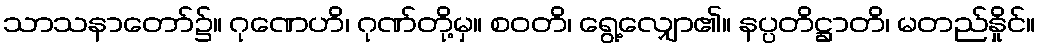
သာသနာတော်၌။ ဂုဏေဟိ၊ ဂုဏ်တို့မှ။ စဝတိ၊ ရွေ့လျှော၏။ နပ္ပတိဋ္ဌာတိ၊ မတည်နှိုင်။